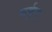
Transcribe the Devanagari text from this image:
मर्कुए